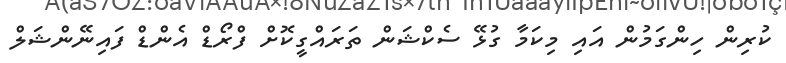
ކުރިން ހިންގަމުން އައި މިކަމާ ގުޅޭ ސެކްޝަން ތަރައްގީކޮށް ފްރޯޑް އެންޑް ފައިނޭންޝަލް